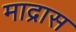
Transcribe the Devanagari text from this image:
माद्रास